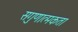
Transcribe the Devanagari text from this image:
सगुणात्मकता